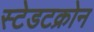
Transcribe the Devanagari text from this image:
स्टेडटक्रोन